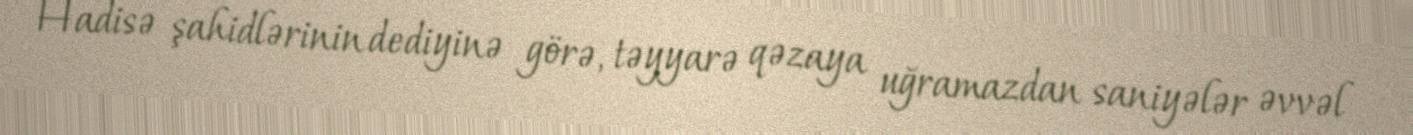
Hadisə şahidlərinin dediyinə görə, təyyarə qəzaya uğramazdan saniyələr əvvəl